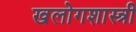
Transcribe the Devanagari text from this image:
खलोगशास्त्री